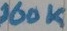
Text: 100K